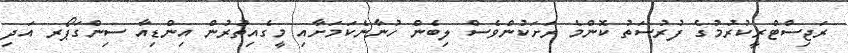
ރަޖިސްޓްރީކުރުމުގެ ފުރުސަތު ކޮންމެ ރަށަކުންވެސް ލިބެން ހުނާނެކަމަށާއި މީގެއިތުރުން އިންޑިއާ ސިންގަޕޯރ އަދި